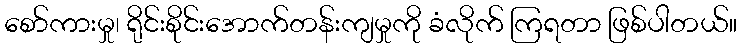
စော်ကားမှု၊ ရိုင်းစိုင်းအောက်တန်းကျမှုကို ခံလိုက် ကြရတာ ဖြစ်ပါတယ်။